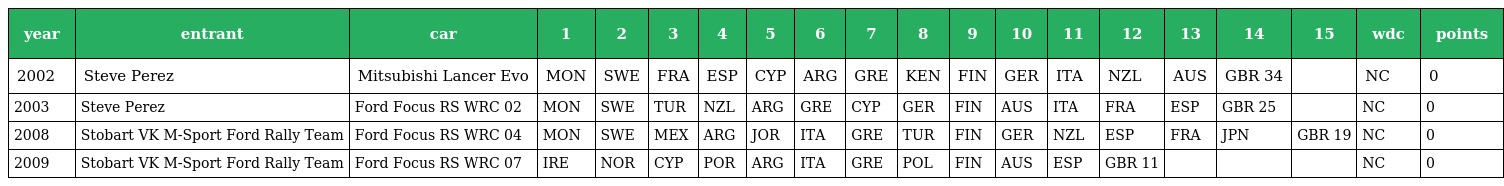
| year | entrant | car | 1 | 2 | 3 | 4 | 5 | 6 | 7 | 8 | 9 | 10 | 11 | 12 | 13 | 14 | 15 | wdc | points |
 | --- | --- | --- | --- | --- | --- | --- | --- | --- | --- | --- | --- | --- | --- | --- | --- | --- | --- | --- | --- |
 | 2002 | Steve Perez | Mitsubishi Lancer Evo | MON | SWE | FRA | ESP | CYP | ARG | GRE | KEN | FIN | GER | ITA | NZL | AUS | GBR 34 |  | NC | 0 |
 | 2003 | Steve Perez | Ford Focus RS WRC 02 | MON | SWE | TUR | NZL | ARG | GRE | CYP | GER | FIN | AUS | ITA | FRA | ESP | GBR 25 |  | NC | 0 |
 | 2008 | Stobart VK M-Sport Ford Rally Team | Ford Focus RS WRC 04 | MON | SWE | MEX | ARG | JOR | ITA | GRE | TUR | FIN | GER | NZL | ESP | FRA | JPN | GBR 19 | NC | 0 |
 | 2009 | Stobart VK M-Sport Ford Rally Team | Ford Focus RS WRC 07 | IRE | NOR | CYP | POR | ARG | ITA | GRE | POL | FIN | AUS | ESP | GBR 11 |  |  |  | NC | 0 |